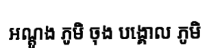
អណ្តូង ភូមិ ចុង បង្គោល ភូមិ